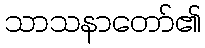
သာသနာတော်၏